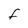
Character: F